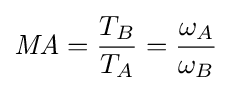
{\mathit {MA}}={\frac {T_{B}}{T_{A}}}={\frac {\omega _{A}}{\omega _{B}}}